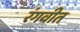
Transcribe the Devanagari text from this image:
रंगवीत